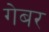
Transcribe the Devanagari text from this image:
गेबर